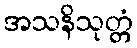
အသနိသုတ္တံ